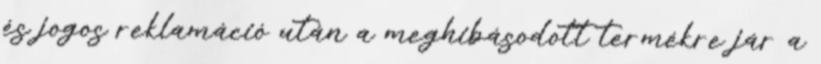
és jogos reklamáció után a meghibásodott termékre jár a